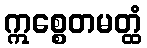
ဣစ္စေတမတ္ထံ